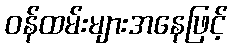
ဝန်ထမ်းများအနေဖြင့်